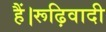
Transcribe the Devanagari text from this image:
हैं।रूढ़िवादी